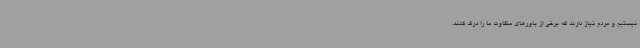
نیستیم و مردم نیاز دارند که برخی از باورهای متفاوت ما را درک کنند.